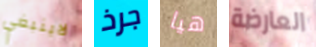
لاينبغي جرذ هيا العارضة